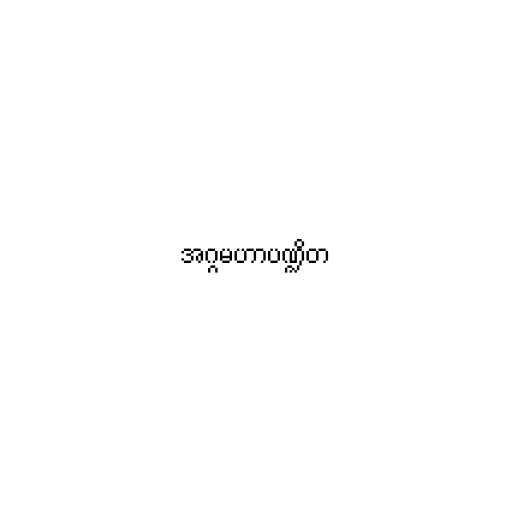
အဂ္ဂမဟာပဏ္ဍိတ